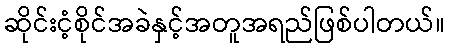
ဆိုင်းငံ့စိုင်အခဲနှင့်အတူအရည်ဖြစ်ပါတယ်။